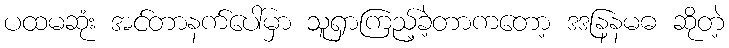
ပထမဆုံး အင်တာနက်ပေါ်မှာ သူရှာကြည့်ခဲ့တာကတော့ ဒဒနြနမဓ ဆိုတဲ့